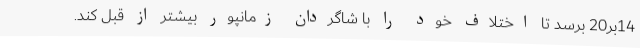
14بر20 برسد تا اختلاف خود را با شاگردان زمانپور بیشتر از قبل کند.